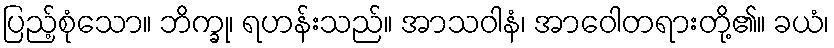
ပြည့်စုံသော။ ဘိက္ခု၊ ရဟန်းသည်။ အာသဝါနံ၊ အာဝေါတရားတို့၏။ ခယံ၊